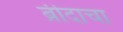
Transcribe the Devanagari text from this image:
ब्रीदाचा